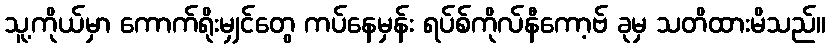
သူ့ကိုယ်မှာ ကောက်ရိုးမျှင်တွေ ကပ်နေမှန်း ရပ်စ်ကိုလ်နီကော့ဗ် ခုမှ သတိထားမိသည်။